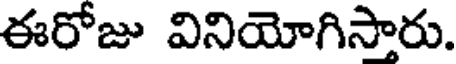
ఈరోజు వినియోగిసారు.